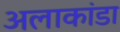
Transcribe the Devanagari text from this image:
अलाकांडा